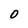
Character: O